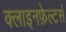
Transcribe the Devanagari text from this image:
क्लाइनफ़ेल्टर्स